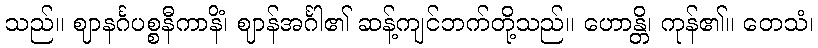
သည်။ ဈာနင်္ဂပစ္စနီကာနိံ၊ ဈာန်အင်္ဂါ၏ ဆန့်ကျင်ဘက်တို့သည်။ ဟောန္တိ၊ ကုန်၏။ တေသံ၊